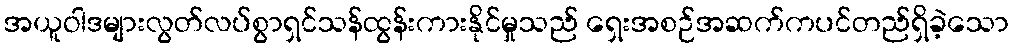
အယူဝါဒများလွတ်လပ်စွာရှင်သန်ထွန်းကားနိုင်မှုသည် ရှေးအစဉ်အဆက်ကပင်တည်ရှိခဲ့သော